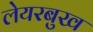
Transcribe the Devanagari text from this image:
लेयरबुख